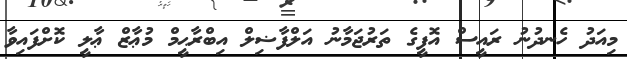
މިއަދު ހެނދުނު ރައީސް އޮފީގެ ތަރުޖަމާނު އަލްފާޟިލް އިބްރާޙީމް މުޢާޒް ޢާލީ ކޮށްފައިވާ